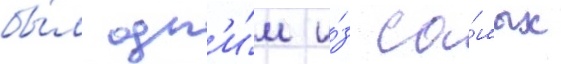
бы́л одн'и́м и́з са́мых